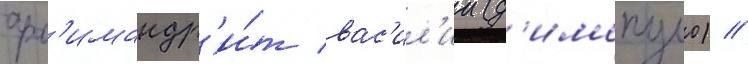
арх'имандр'и́т вас'ил'ии (д'имопуло) //